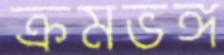
ক্রমভঙ্গ